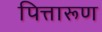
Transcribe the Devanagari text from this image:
पित्तारूण